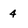
Character: 4